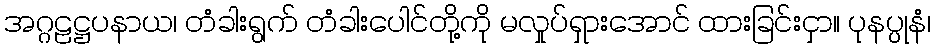
အဂ္ဂဠဋ္ဌပနာယ၊ တံခါးရွက် တံခါးပေါင်တို့ကို မလှုပ်ရှားအောင် ထားခြင်းငှာ။ ပုနပ္ပုနံ၊